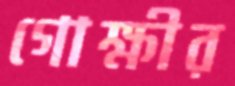
গোক্ষীর